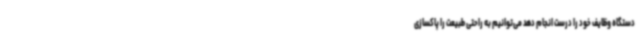
دستگاه وظایف خود را درست انجام دهد می‌توانیم به راحتی طبیعت را پاکسازی